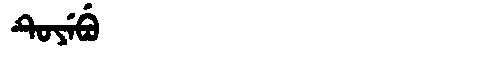
Manchu: ᡨᡠᠶᡝᠪᡠ
Romanization: TUYEBU